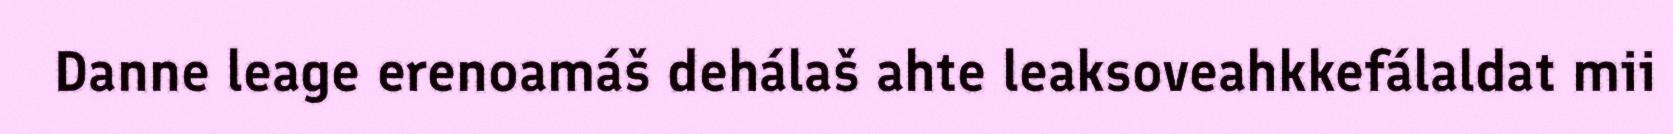
Danne leage erenoamáš dehálaš ahte leaksoveahkkefálaldat mii